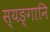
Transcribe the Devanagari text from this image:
स्यङ्गानि